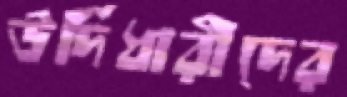
উর্দিধারীদের